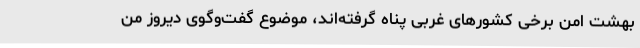
بهشت امن برخی کشورهای غربی پناه گرفته‌اند، موضوع گفت‌وگوی دیروز من